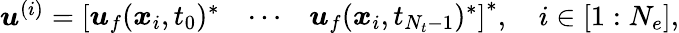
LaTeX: \begin{array}{r}{\boldsymbol{u}^{(i)}=\left[\begin{array}{lll}{\boldsymbol{u}_{f}(\boldsymbol{x}_{i},t_{0})^{*}}&{\cdots}&{\boldsymbol{u}_{f}(\boldsymbol{x}_{i},t_{N_{t}-1})^{*}}\end{array}\right]^{*},\quad i\in[1:N_{e}],}\end{array}